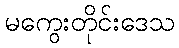
မကွေးတိုင်းဒေသ